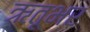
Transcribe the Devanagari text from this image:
ऋतूभर